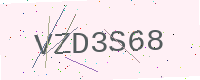
Text: VZD3S68